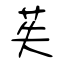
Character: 苵